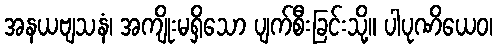
အနယဗျသနံ၊ အကျိုးမရှိသော ပျက်စီးခြင်းသို့။ ပါပုဏိယေဝ၊